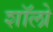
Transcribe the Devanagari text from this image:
शॉलो